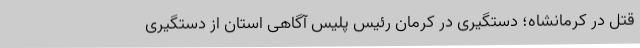
قتل در کرمانشاه؛ دستگیری در کرمان رئیس پلیس آگاهی استان از دستگیری